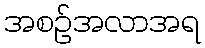
အစဉ်အလာအရ